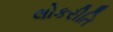
લોકરીતિ